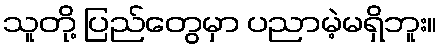
သူတို့ ပြည်တွေမှာ ပညာမဲ့မရှိဘူး။